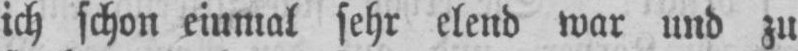
ich schon einmal sehr elend war und zu